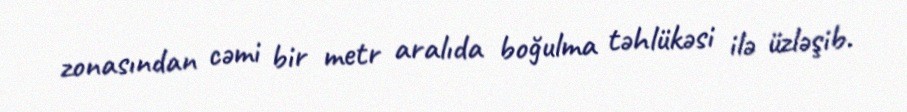
zonasından cəmi bir metr aralıda boğulma təhlükəsi ilə üzləşib.